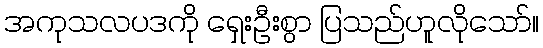
အကုသလပဒကို ရှေးဦးစွာ ပြသည်ဟူလိုသော်။